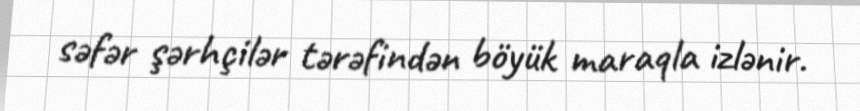
səfər şərhçilər tərəfindən böyük maraqla izlənir.